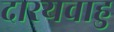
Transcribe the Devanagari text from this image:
दारयवाहु